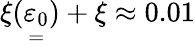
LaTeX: \xi(\underset{=}{\varepsilon_{0}})+\xi\approx 0.01